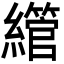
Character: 䌣